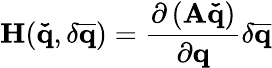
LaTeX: \mathbf{H}(\mathbf{\check{q}},\delta\mathbf{\overline{{q}}})=\frac{\partial\left(\mathbf{A}\mathbf{\check{q}}\right)}{\partial\mathbf{q}}\delta\mathbf{\overline{{q}}}